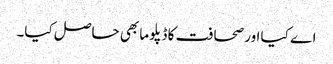
اے کیا اور صحافت کا ڈپلوما بھی حاصل کیا۔